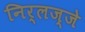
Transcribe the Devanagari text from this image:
निर्लज्जे